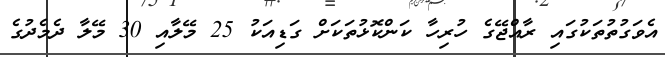
އެވަގުތުތަކުގައި ރާއްޖޭގެ ހުރިހާ ކަންކޮޅުތަކަށް ގަޑިއަކު 25 މޭލާއި 30 މޭލާ ދެމެދުގެ